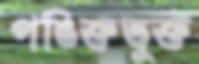
পঙিক্তভুক্ত